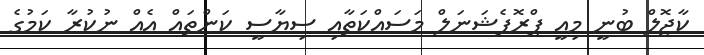
ކާޖޮލް ބުނީ މިއީ ޕްރޮފެޝަނަލް މަސައްކަތާއި ސިޔާސީ ކަންތައް އެއް ނުކުރާ ކަމުގެ